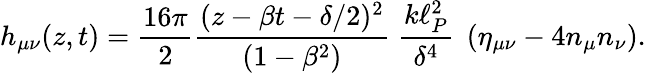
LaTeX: h_{\mu\nu}(z,t)={\frac{16\pi}{2}}{\frac{(z-\beta t-\delta/2)^{2}}{(1-\beta^{2})}}\; {\frac{k\ell_{P}^{2}}{\delta^{4}}}\; \left(\eta_{\mu\nu}-4n_{\mu}n_{\nu}\right).